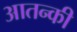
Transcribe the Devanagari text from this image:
आतन्की